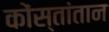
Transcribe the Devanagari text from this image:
कोंस्तांतान